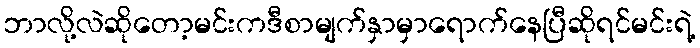
ဘာလို့လဲဆိုတော့မင်းကဒီစာမျက်နှာမှာရောက်နေပြီဆိုရင်မင်းရဲ့